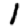
Digit: 1